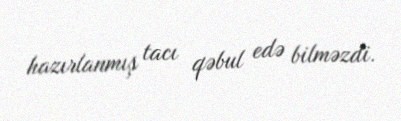
hazırlanmış tacı qəbul edə bilməzdi.